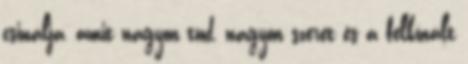
csinálja, amit nagyon tud, nagyon szeret és a felkínált